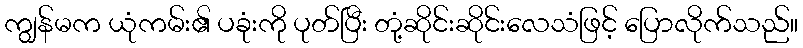
ကျွန်မက ယုံကမ်း၏ ပခုံးကို ပုတ်ပြီး တုံ့ဆိုင်းဆိုင်းလေသံဖြင့် ပြောလိုက်သည်။